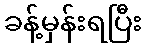
ခန့်မှန်းရပြီး